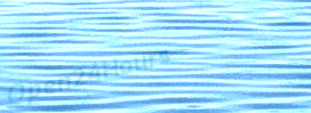
Open24Hours